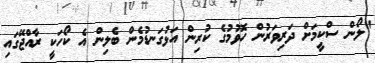
"ލޯން ސްކީމަށް ދަރިވަރުން ހޮވުމުގެ ކުރިން އަޅުގަނޑުމެން ބެލިން އެ ކޯހަކީ ރާއްޖޭގައި